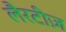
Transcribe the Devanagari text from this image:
लैरटीज़